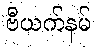
ဗီယက်နမ်